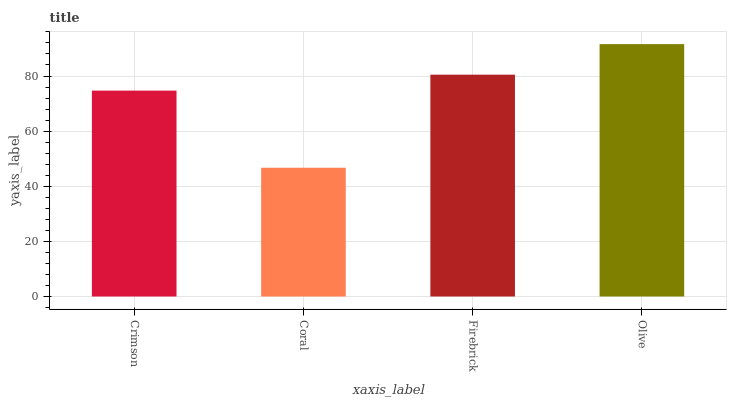
| xaxis_label | bars |
 | --- | --- |
 | Crimson | 74.7 |
 | Coral | 46.7 |
 | Firebrick | 80.5 |
 | Olive | 91.6 |